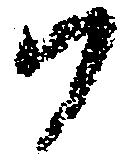
ハ